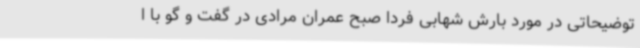
توضیحاتی در مورد بارش شهابی فردا صبح عمران مرادی در گفت و گو با ا